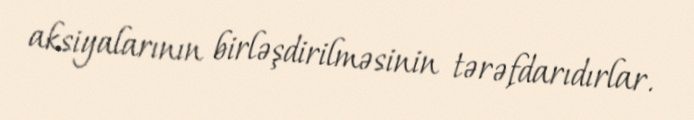
aksiyalarının birləşdirilməsinin tərəfdarıdırlar.